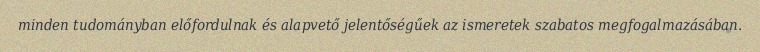
minden tudományban előfordulnak és alapvető jelentőségűek az ismeretek szabatos megfogalmazásában.